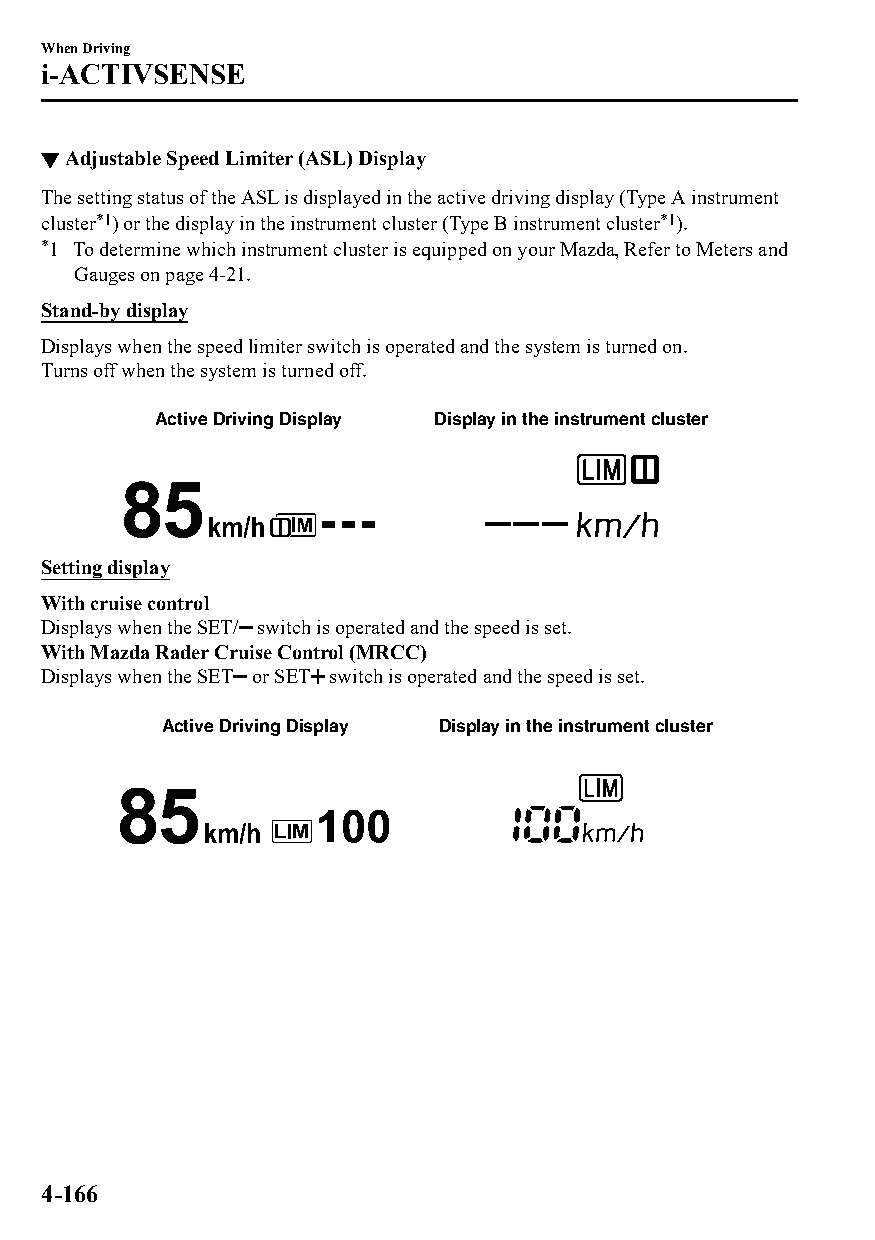
When Driving
 i-ACTIVSENSE
 ▼Adjustable Speed Limiter (ASL) Display
 The setting status of the ASL is displayed in the active driving display (Type A instrument
 cluster*1) or the display in the instrument cluster (Type B instrument cluster*1).
 *1 To determine which instrument cluster is equipped on your Mazda, Refer to Meters and
 Gauges on page 4-21.
 Stand-by display
 Displays when the speed limiter switch is operated and the system is turned on.
 Turns off when the system is turned off.
 Active Driving Display Display in the instrument cluster
 Setting display
 With cruise control
 Displays when the SET/ switch is operated and the speed is set.
 With Mazda Rader Cruise Control (MRCC)
 Displays when the SET or SET switch is operated and the speed is set.
 Active Driving Display Display in the instrument cluster
 4-166
 CX-3_8GT4-EE-18D_Edition4                  2018-9-6 18:32:19